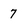
Character: 7